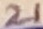
Text: 21